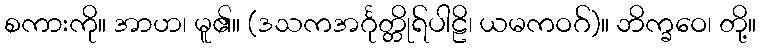
စကားကို။ အာဟ၊ မူ၏။ (ဒသကအင်္ဂုတ္တိုရ်ပါဠိ၊ ယမကဝဂ်)။ ဘိက္ခဝေ၊ တို့။